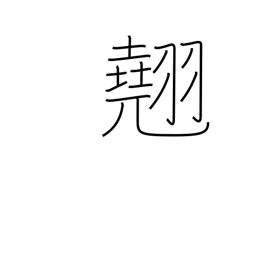
Meaning: excellence